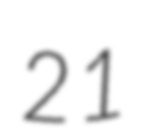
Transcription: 21